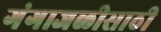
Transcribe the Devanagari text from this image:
गंगाजळीसाठी